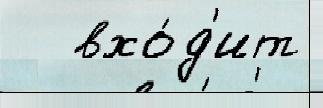
   вхо́д'ит